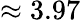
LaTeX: \approx 3.97